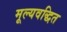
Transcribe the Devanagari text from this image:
मूल्यवद्धित